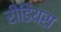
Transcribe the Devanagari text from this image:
रीडियस